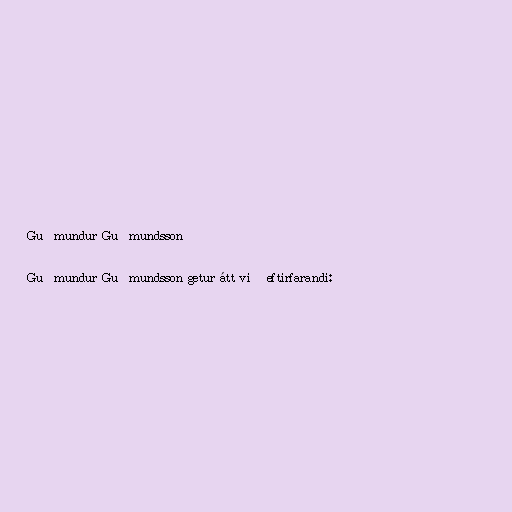
Guðmundur Guðmundsson

Guðmundur Guðmundsson getur átt við eftirfarandi: